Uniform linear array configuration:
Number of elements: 24
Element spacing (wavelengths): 0.25
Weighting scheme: uniform
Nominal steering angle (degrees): -30
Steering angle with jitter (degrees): -31.082
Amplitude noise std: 0.05
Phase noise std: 0.05

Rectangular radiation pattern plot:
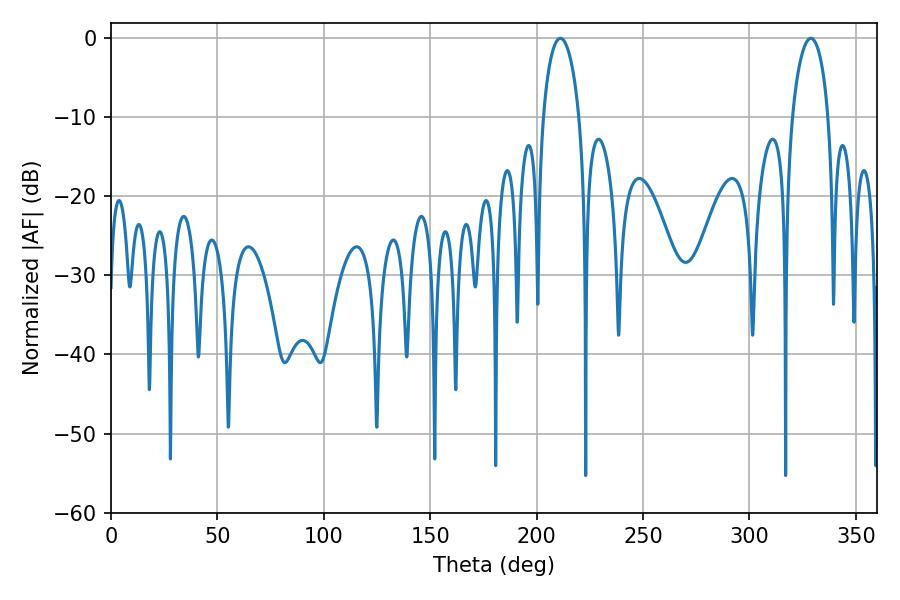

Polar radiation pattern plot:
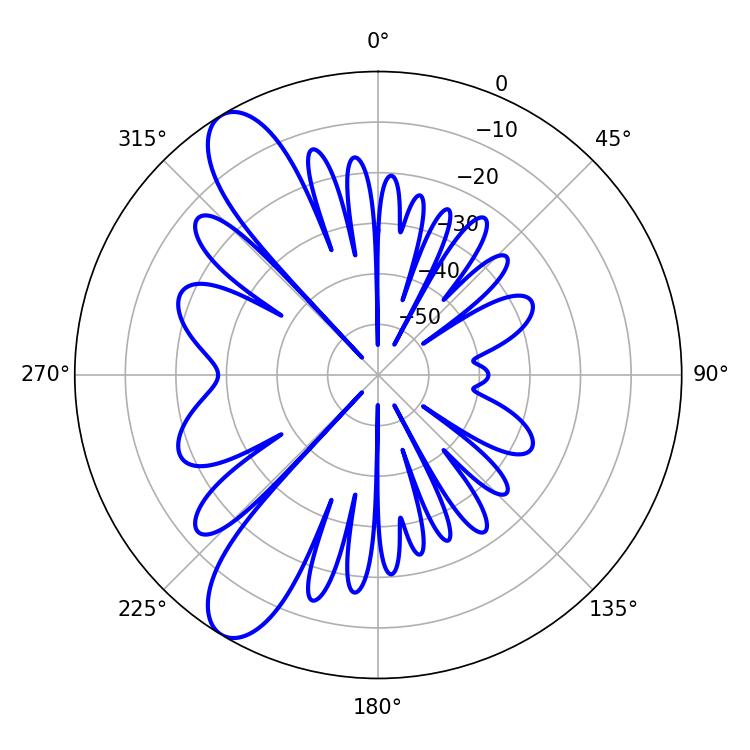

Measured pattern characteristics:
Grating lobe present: FALSE
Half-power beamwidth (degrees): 9.72
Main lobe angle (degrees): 211.14